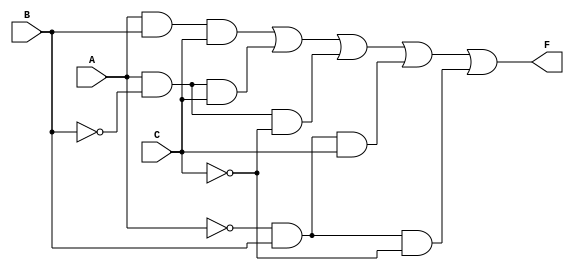
module kmap_3var (
    input wire A,  // Input variable A
    input wire B,  // Input variable B
    input wire C,  // Input variable C
    output wire F  // Output function F
);

    // K-map representation
    // The K-map cells correspond to the following minterms:
    // m0: A=0, B=0, C=0
    // m1: A=0, B=0, C=1
    // m2: A=0, B=1, C=0
    // m3: A=0, B=1, C=1
    // m4: A=1, B=0, C=0
    // m5: A=1, B=0, C=1
    // m6: A=1, B=1, C=0
    // m7: A=1, B=1, C=1

    // Define the output based on the K-map grouping
    assign F = (A & B & C) | (A & ~B & C) | (A & ~B & ~C) | (~A & B & C) | (~A & B & ~C);

endmodule